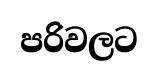
පරිවලට